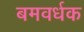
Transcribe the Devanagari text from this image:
बमवर्धक